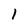
Character: 1